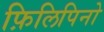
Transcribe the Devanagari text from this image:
फ़िलिपिनो